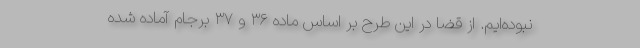
نبوده‌ایم. از قضا در این طرح بر اساس ماده ۳۶ و ۳۷ برجام آماده شده